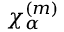
\chi _ { \alpha } ^ { ( m ) }